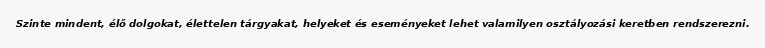
Szinte mindent, élő dolgokat, élettelen tárgyakat, helyeket és eseményeket lehet valamilyen osztályozási keretben rendszerezni.